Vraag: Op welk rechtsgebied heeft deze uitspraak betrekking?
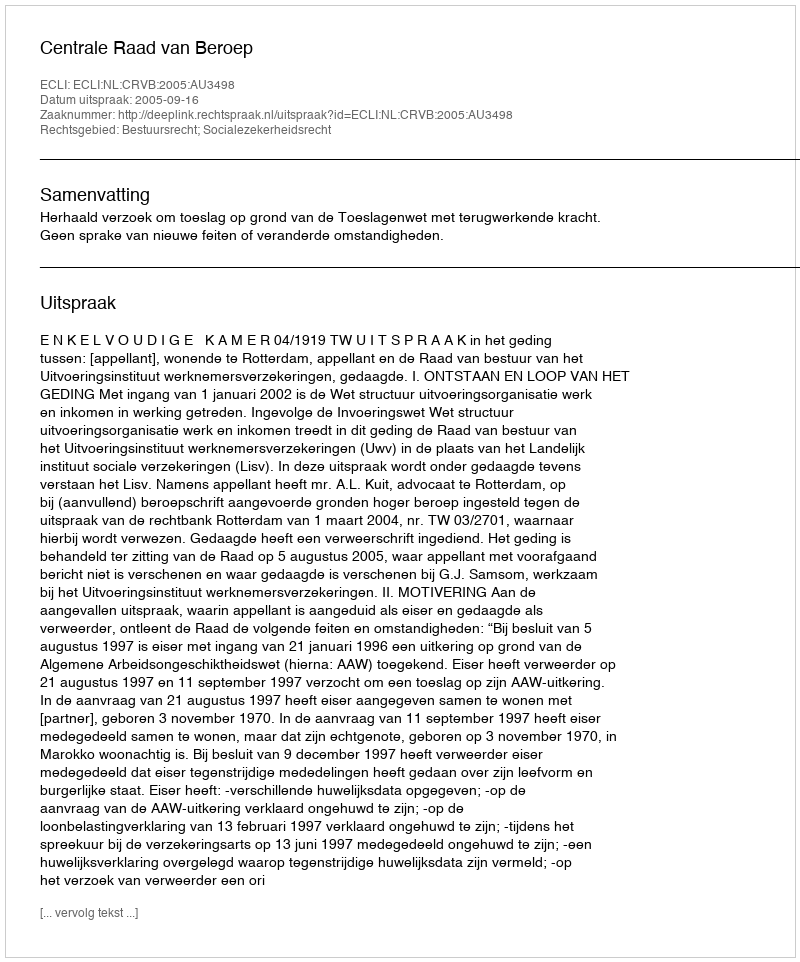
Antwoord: Bestuursrecht; Socialezekerheidsrecht